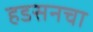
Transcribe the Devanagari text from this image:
हडसनचा